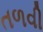
તળવી